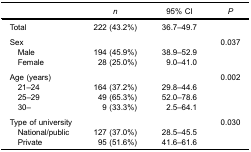
<table><thead><tr><td><b> </b></td><td><b><i>n</i></b></td><td><b>95% CI</b></td><td><b><i>P</i></b></td></tr></thead><tbody><tr><td>Total</td><td>222 (43.2%)</td><td>36.7–49.7</td><td> </td></tr><tr><td colspan="4"> </td></tr><tr><td>Sex</td><td> </td><td> </td><td>0.037</td></tr><tr><td> Male</td><td>194 (45.9%)</td><td>38.9–52.9</td><td> </td></tr><tr><td> Female</td><td>28 (25.0%)</td><td>9.0–41.0</td><td> </td></tr><tr><td colspan="4"> </td></tr><tr><td>Age (years)</td><td> </td><td> </td><td>0.002</td></tr><tr><td> 21–24</td><td>164 (37.2%)</td><td>29.8–44.6</td><td> </td></tr><tr><td> 25–29</td><td>49 (65.3%)</td><td>52.0–78.6</td><td> </td></tr><tr><td> 30–</td><td>9 (33.3%)</td><td>2.5–64.1</td><td> </td></tr><tr><td colspan="4"> </td></tr><tr><td>Type of university</td><td> </td><td> </td><td>0.030</td></tr><tr><td> National/public</td><td>127 (37.0%)</td><td>28.5–45.5</td><td> </td></tr><tr><td> Private</td><td>95 (51.6%)</td><td>41.6–61.6</td><td> </td></tr></tbody></table>